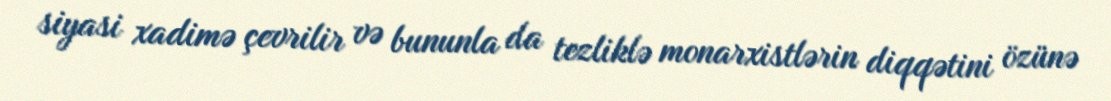
siyasi xadimə çevrilir və bununla da tezliklə monarxistlərin diqqətini özünə